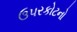
ઉપરકોટનો